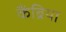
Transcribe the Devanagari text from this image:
कैंब्रिया